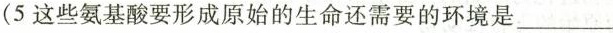
(5 这些氨基酸要形成原始的生命还需要的环境是____